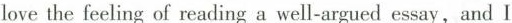
love the feeling of reading a well-argued essay,and I